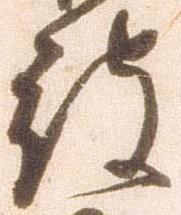
被